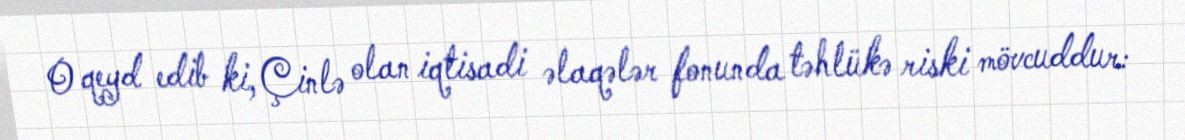
O qeyd edib ki, Çinlə olan iqtisadi əlaqələr fonunda təhlükə riski mövcuddur: